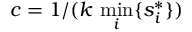
c = 1 / ( k \, \operatorname* { m i n } _ { i } \{ s _ { i } ^ { * } \} )